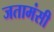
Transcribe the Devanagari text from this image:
जतामंसी